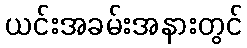
ယင်းအခမ်းအနားတွင်